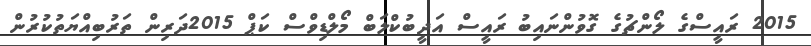
2015 ރައީސްގެ ލޯންޗުގެ ގޮވުންނައިބު ރައީސް އަދީބުކްލަބް މޯލްޑިވްސް ކަޕް 2015ދަރިން ތަރުބިއްޔަތުކުރުން